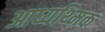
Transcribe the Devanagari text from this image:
आध्यथ्मिक